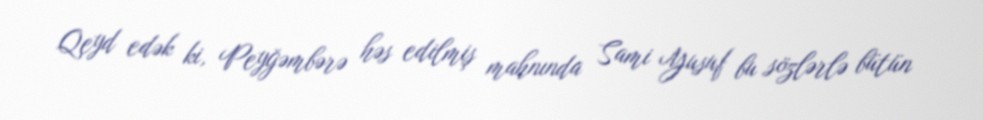
Qeyd edək ki, Peyğəmbərə həs edilmiş mahnında Sami Yusuf bu sözlərlə bütün